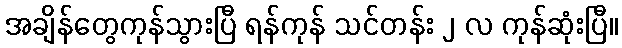
အချိန်တွေကုန်သွားပြီ ရန်ကုန် သင်တန်း ၂ လ ကုန်ဆုံးပြီ။